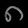
Digit: ၈